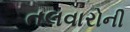
તલવારોની